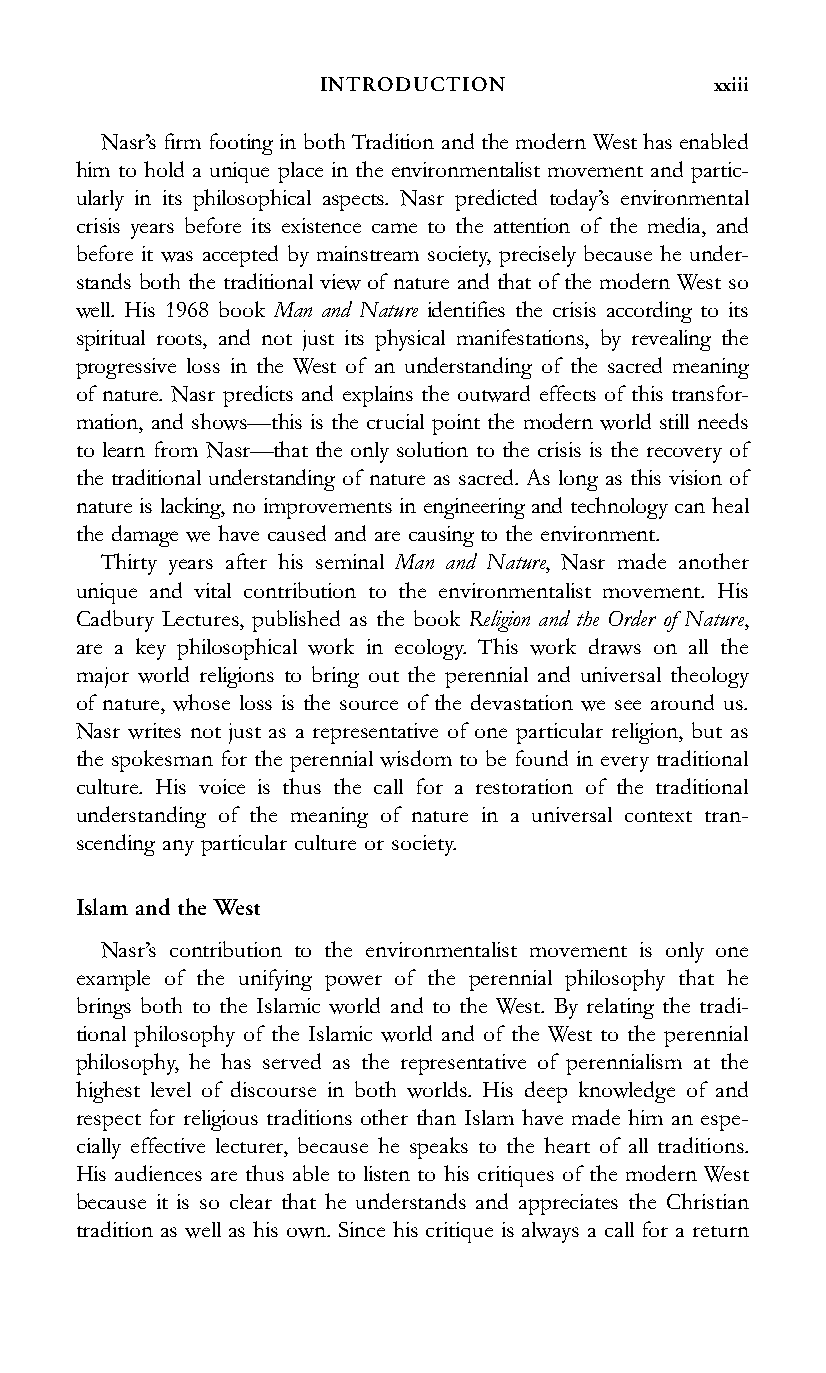
INTRODUCTION              xxiii
 Nasr’s firm footing in both Tradition and the modern West has enabled
 him to hold a unique place in the environmentalist movement and partic-
 ularly in its philosophical aspects. Nasr predicted today’s environmental
 crisis years before its existence came to the attention of the media, and
 before it was accepted by mainstream society, precisely because he under-
 stands both the traditional view of nature and that of the modern West so
 well. His 1968 book Man and Nature identifies the crisis according to its
 spiritual roots, and not just its physical manifestations, by revealing the
 progressive loss in the West of an understanding of the sacred meaning
 of nature. Nasr predicts and explains the outward effects of this transfor-
 mation, and shows—this is the crucial point the modern world still needs
 to learn from Nasr—that the only solution to the crisis is the recovery of
 the traditional understanding of nature as sacred. As long as this vision of
 nature is lacking, no improvements in engineering and technology can heal
 the damage we have caused and are causing to the environment.
 Thirty years after his seminal Man and Nature, Nasr made another
 unique and vital contribution to the environmentalist movement. His
 Cadbury Lectures, published as the book Religion and the Order of Nature,
 are a key philosophical work in ecology. This work draws on all the
 major world religions to bring out the perennial and universal theology
 of nature, whose loss is the source of the devastation we see around us.
 Nasr writes not just as a representative of one particular religion, but as
 the spokesman for the perennial wisdom to be found in every traditional
 culture. His voice is thus the call for a restoration of the traditional
 understanding of the meaning of nature in a universal context tran-
 scending any particular culture or society.
 Islam and the West
 Nasr’s contribution to the environmentalist movement is only one
 example of the unifying power of the perennial philosophy that he
 brings both to the Islamic world and to the West. By relating the tradi-
 tional philosophy of the Islamic world and of the West to the perennial
 philosophy, he has served as the representative of perennialism at the
 highest level of discourse in both worlds. His deep knowledge of and
 respect for religious traditions other than Islam have made him an espe-
 cially effective lecturer, because he speaks to the heart of all traditions.
 His audiences are thus able to listen to his critiques of the modern West
 because it is so clear that he understands and appreciates the Christian
 tradition as well as his own. Since his critique is always a call for a return